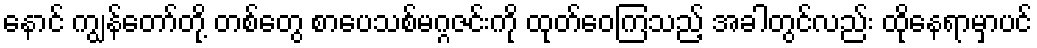
နောင် ကျွန်တော်တို့ တစ်တွေ စာပေသစ်မဂ္ဂဇင်းကို ထုတ်ဝေကြသည့် အခါတွင်လည်း ထိုနေရာမှာပင်